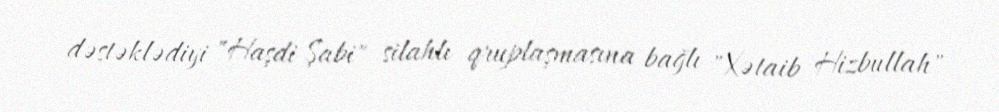
dəstəklədiyi "Haşdi Şabi" silahlı qruplaşmasına bağlı "Xətaib Hizbullah"